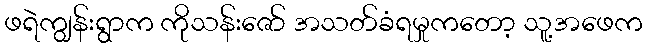
ဖရဲကျွန်းရွာက ကိုသန်းဇော် အသတ်ခံရမှုကတော့ သူ့အဖေက